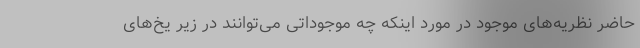
حاضر نظریه‌های موجود در مورد اینکه چه موجوداتی می‌توانند در زیر یخ‌های